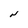
Character: N